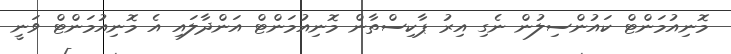
މޮނިއުމަންޓް ކައުންސިލުން ނެގި އިރު ޕާކިސްތާން މޮނިއުމަންޓް އަންދާލައި އެ މޮނިއުމަންޓް ވަނީ